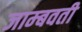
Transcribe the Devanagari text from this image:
जाम्‍बवती